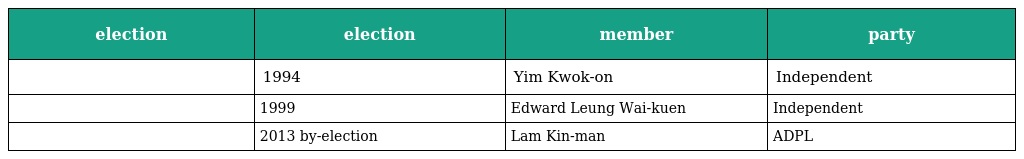
| election | election | member | party |
 | --- | --- | --- | --- |
 |  | 1994 | Yim Kwok-on | Independent |
 |  | 1999 | Edward Leung Wai-kuen | Independent |
 |  | 2013 by-election | Lam Kin-man | ADPL |